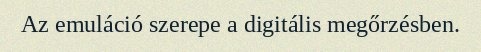
Az emuláció szerepe a digitális megőrzésben.